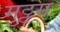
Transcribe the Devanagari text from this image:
मुट्टम